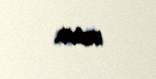
verir.